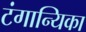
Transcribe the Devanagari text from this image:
टंगान्यिका